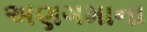
અણગમાના